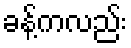
ခန့်ကလည်း